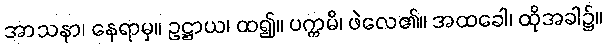
အာသနာ၊ နေရာမှ။ ဥဋ္ဌာယ၊ ထ၍။ ပက္ကမိ၊ ဖဲလေ၏။ အထခေါ၊ ထိုအခါ၌။